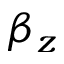
\beta _ { z }